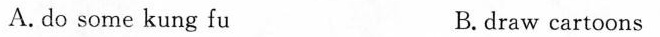
A.do some kung fu B.draw cartoons